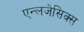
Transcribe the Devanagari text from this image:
एन्लजेसिक्स